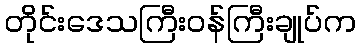
တိုင်းဒေသကြီးဝန်ကြီးချုပ်က